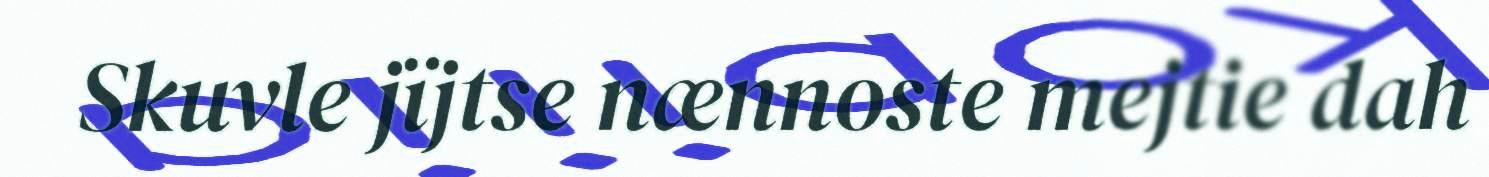
Skuvle jïjtse nænnoste mejtie dah